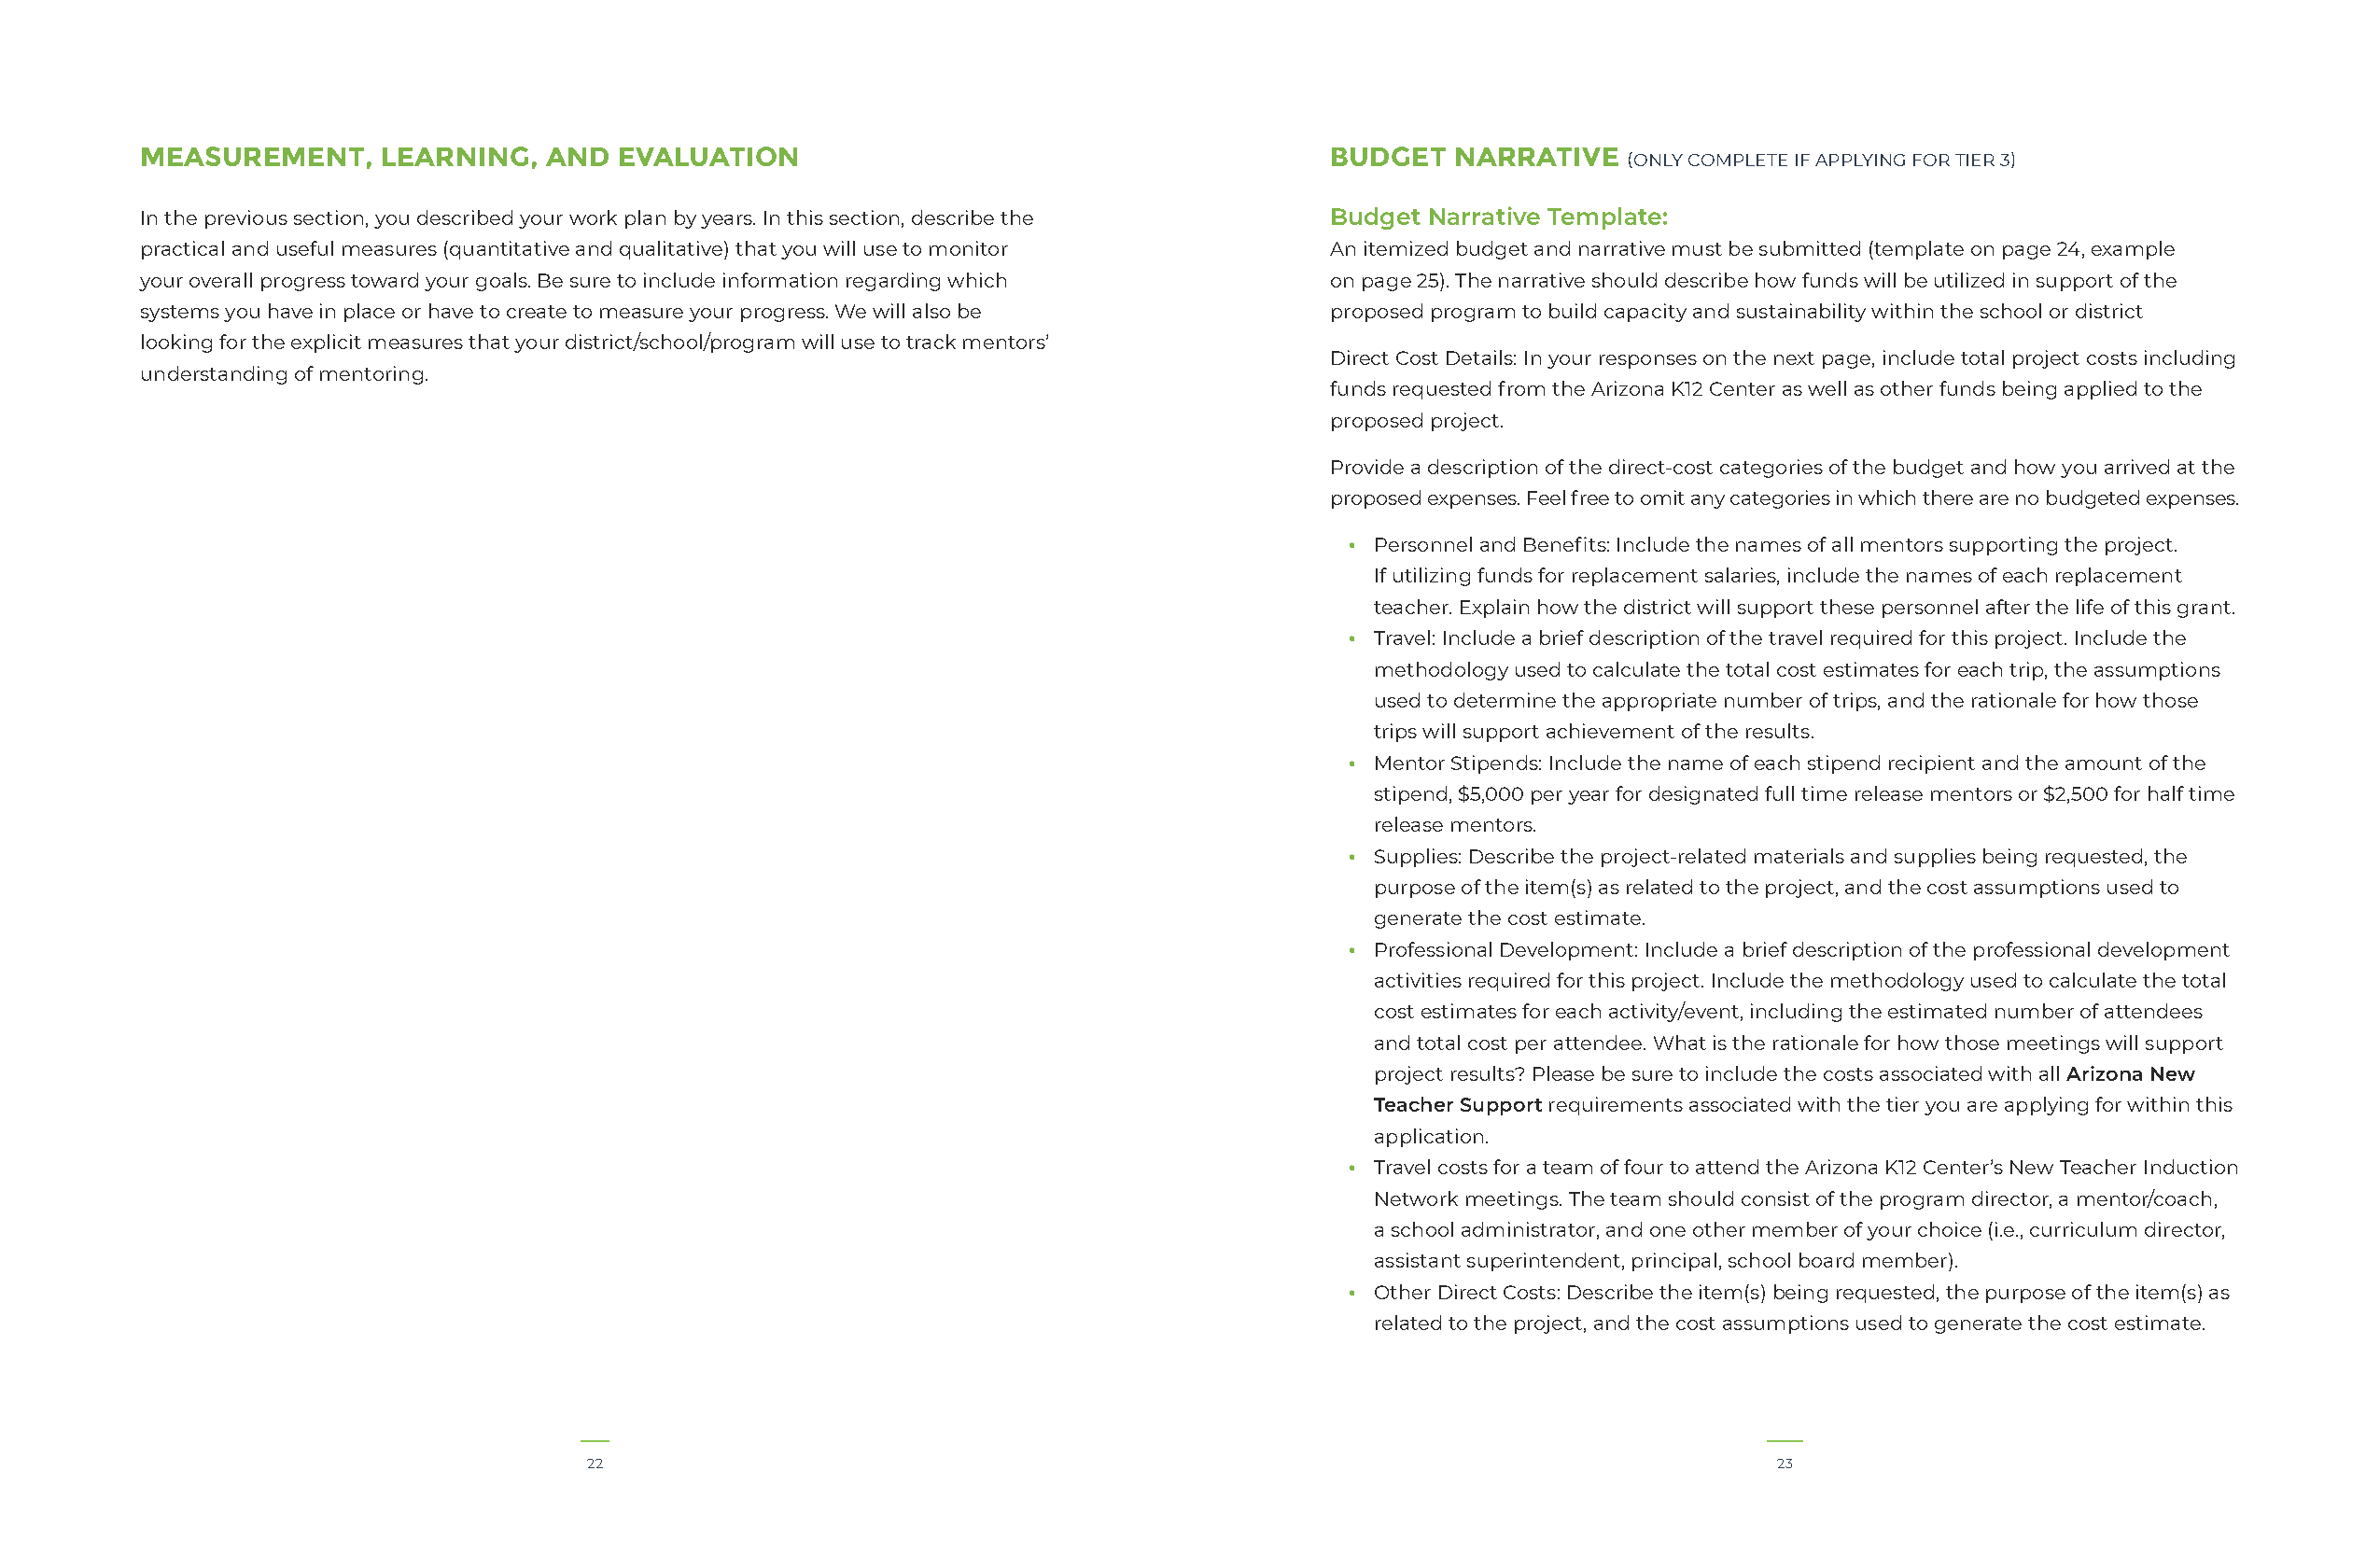
MEASUREMENT,     LEARNING,   AND  EVALUATION                                        BUDGET   NARRATIVE
 (ONLY COMPLETE IF APPLYING FOR TIER 3)
 In the previous section, you described your work plan by years. In this section, describe the Budget Narrative Template:
 practical and useful measures (quantitative and qualitative) that you will use to monitor An itemized budget and narrative must be submitted (template on page 24, example
 your overall progress toward your goals. Be sure to include information regarding which on page 25). The narrative should describe how funds will be utilized in support of the
 systems you have in place or have to create to measure your progress. We will also be proposed program to build capacity and sustainability within the school or district
 looking for the explicit measures that your district/school/program will use to track mentors’
 Direct Cost Details: In your responses on the next page, include total project costs including
 understanding of mentoring.
 funds requested from the Arizona K12 Center as well as other funds being applied to the
 proposed project.
 Provide a description of the direct-cost categories of the budget and how you arrived at the
 proposed expenses. Feel free to omit any categories in which there are no budgeted expenses.
 • Personnel and Benefits: Include the names of all mentors supporting the project.
 If utilizing funds for replacement salaries, include the names of each replacement
 teacher. Explain how the district will support these personnel after the life of this grant.
 • Travel: Include a brief description of the travel required for this project. Include the
 methodology used to calculate the total cost estimates for each trip, the assumptions
 used to determine the appropriate number of trips, and the rationale for how those
 trips will support achievement of the results.
 • Mentor Stipends: Include the name of each stipend recipient and the amount of the
 stipend, $5,000 per year for designated full time release mentors or $2,500 for half time
 release mentors.
 • Supplies: Describe the project-related materials and supplies being requested, the
 purpose of the item(s) as related to the project, and the cost assumptions used to
 generate the cost estimate.
 • Professional Development: Include a brief description of the professional development
 activities required for this project. Include the methodology used to calculate the total
 cost estimates for each activity/event, including the estimated number of attendees
 and total cost per attendee. What is the rationale for how those meetings will support
 project results? Please be sure to include the costs associated with all Arizona New
 Teacher Support requirements associated with the tier you are applying for within this
 application.
 • Travel costs for a team of four to attend the Arizona K12 Center’s New Teacher Induction
 Network meetings. The team should consist of the program director, a mentor/coach,
 a school administrator, and one other member of your choice (i.e., curriculum director,
 assistant superintendent, principal, school board member).
 • Other Direct Costs: Describe the item(s) being requested, the purpose of the item(s) as
 related to the project, and the cost assumptions used to generate the cost estimate.
 22                                                                                  23